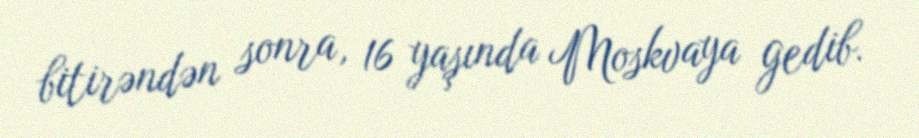
bitirəndən sonra, 16 yaşında Moskvaya gedib.